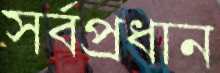
সর্বপ্রধান